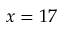
x = 1 7